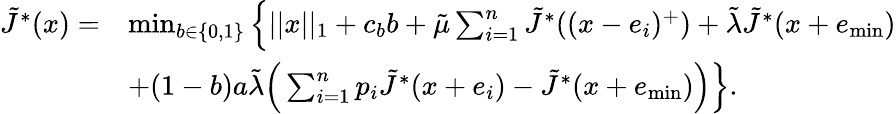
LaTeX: \begin{array}{rl}{\tilde{J}^{*}(x)=}&{\operatorname*{min}_{b\in\{ 0,1\} }\Big\{ ||x||_{1}+c_{b}b+\tilde{\mu}\sum_{i=1}^{n}\tilde{J}^{*}((x-e_{i})^{+})+\tilde{\lambda}\tilde{J}^{*}(x+e_{\operatorname*{min}})}\\ &{+(1-b)a\tilde{\lambda}\Big(\sum_{i=1}^{n}p_{i}\tilde{J}^{*}(x+e_{i})-\tilde{J}^{*}(x+e_{\operatorname*{min}})\Big)\Big\} .}\end{array}